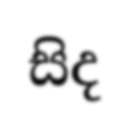
සිද